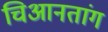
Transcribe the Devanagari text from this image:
चिआनतांग